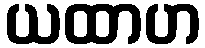
ယထာဟ